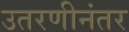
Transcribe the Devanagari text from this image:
उतरणीनंतर